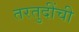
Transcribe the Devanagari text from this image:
तरतुदींची